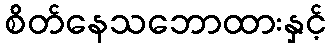
စိတ်နေသဘောထားနှင့်